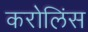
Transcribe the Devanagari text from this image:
करोलिंस